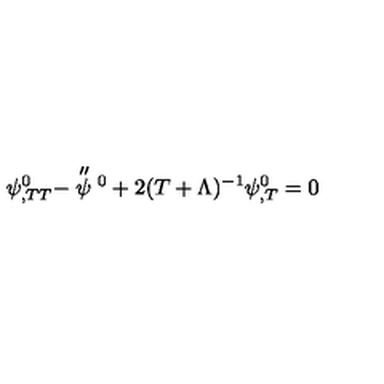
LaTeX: \psi _ { , T T } ^ { 0 } - \stackrel { \scriptstyle \prime \prime } { \psi } \vphantom { \psi } ^ { 0 } + 2 ( T + \Lambda ) ^ { - 1 } \psi _ { , T } ^ { 0 } = 0